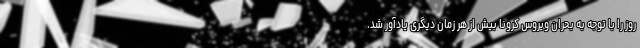
روز را با توجه به بحران ویروس کرونا بیش از هر زمان دیگری یادآور شد.